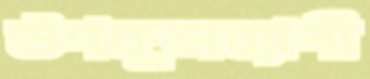
উপকূলব্যাপী